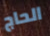
الحاج